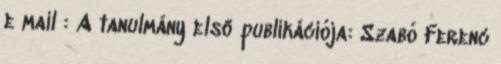
e mail : A tanulmány első publikációja: Szabó Ferenc